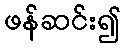
ဖန်ဆင်း၍